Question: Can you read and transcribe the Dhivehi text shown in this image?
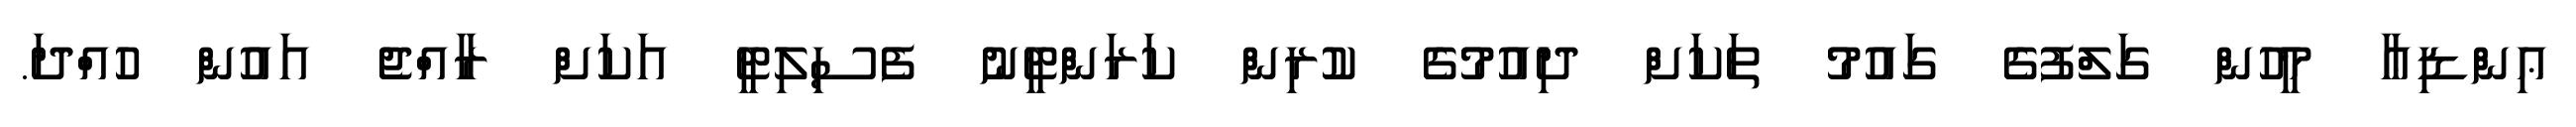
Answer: ޢިންޑިޢާ މީހުން ގަލްފުގެ ގައުމު ތަކަށް ދިއުމުގެ ކުރިން ކަރަންޓީނު ފެސިލިޓީ އަކަށް ރާއްޖެ އައުން ހުއްދަ.